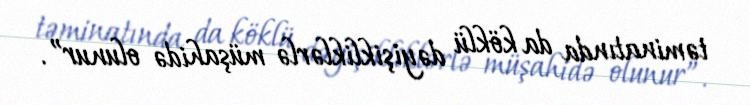
təminatında da köklü dəyişikliklərlə müşahidə olunur”.